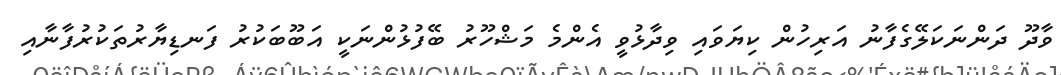
ވާދޫ ދަންނަކަލޭގެފާނު އަރިހުން ކިޔަވައި ވިދާޅުވީ އެންމެ މަޝްހޫރު ބޭފުޅުންނަކީ އަބޫބަކުރު ފަނޑިޔާރުތަކުރުފާނާއި